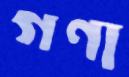
গণা